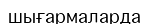
шығармаларда